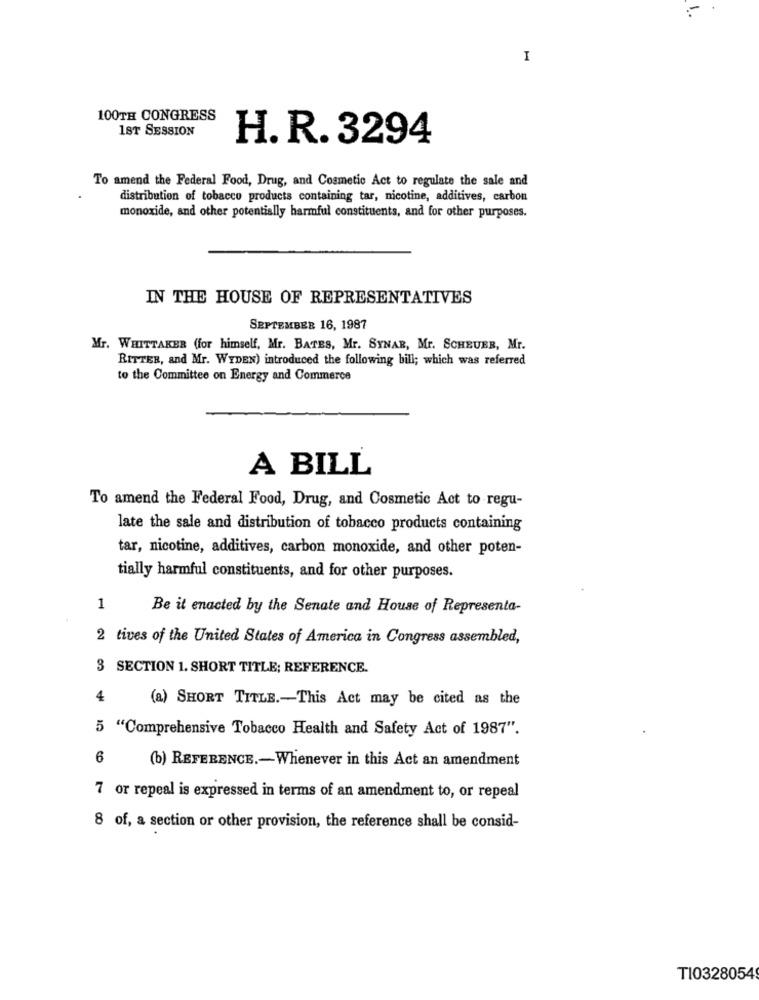
I
100TH CONGRESS
1ST SESSION
H. R. 3294
To amend the Federal Food, Drug, and Cosmetic Act to regulate the sale and
distribution of tobacco products containing tar, nicotine, additives, carbon
monoxide, and other potentially harmful constituents, and for other purposes.
IN THE HOUSE OF REPRESENTATIVES
SEPTEMBER 16, 1987
Mr. WHITTAKER (for himself, Mr. BATES, Mr. SYNAR, Mr. SCHEUBB, Mr.
RITTER, and Mr. WYDEN) introduced the following bill; which was referred
to the Committee on Energy and Commerce
A BILL
To amend the Federal Food, Drug, and Cosmetic Act to regu-
late the sale and distribution of tobacco products containing
tar, nicotine, additives, carbon monoxide, and other poten-
tially harmful constituents, and for other purposes.
1
Be it enacted by the Senate and House of Representa-
2 tives of the United States of America in Congress assembled,
3 SECTION 1. SHORT TITLE; REFERENCE.
4
(a) SHORT TITLE .- This Act may be cited as the
5 "Comprehensive Tobacco Health and Safety Act of 1987".
6
(b) REFERENCE .- Whenever in this Act an amendment
7 or repeal is expressed in terms of an amendment to, or repeal
8 of, a section or other provision, the reference shall be consid-
T10328054